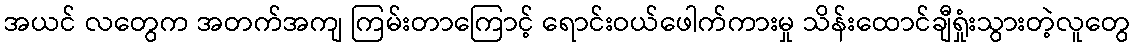
အယင် လတွေက အတက်အကျ ကြမ်းတာကြောင့် ရောင်းဝယ်ဖေါက်ကားမှု သိန်းထောင်ချီရှုံးသွားတဲ့လူတွေ